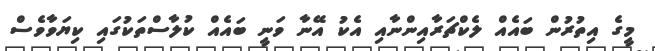
މީގެ އިތުރުން ބައެއް ލެކްޗަރާއިންނާއި އެކު އޭނާ ވަނީ ބައެއް ކުލާސްތަކުގައި ކިޔަވާވެސް